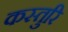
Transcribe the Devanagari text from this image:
कस्तुरि